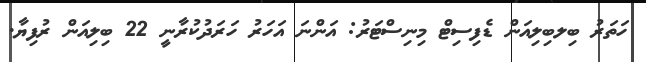
ހަތަރު ބިލބިލިއަން ޑެފިސިޓް މިނިސްޓަރު: އަންނަ އަހަރު ހަރަދުކުރާނީ 22 ބިލިއަން ރުފިޔާ.